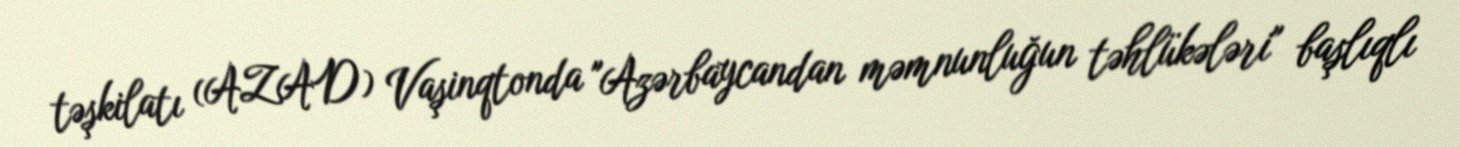
təşkilatı (AZAD) Vaşinqtonda "Azərbaycandan məmnunluğun təhlükələri" başlıqlı